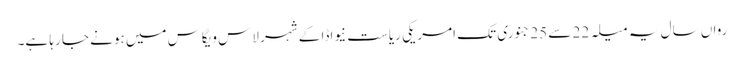
رواں سال یہ میلہ 22 سے 25 جنوری تک امریکی ریاست نیواڈا کے شہر لاس ویگاس میں ہونے جا رہا ہے۔